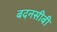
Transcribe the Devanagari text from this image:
बदनसीबी